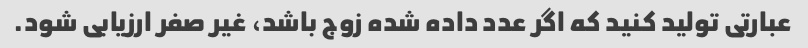
عبارتی تولید کنید که اگر عدد داده شده زوج باشد، غیر صفر ارزیابی شود.